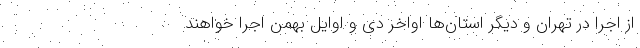
از اجرا در تهران و دیگر استان‌ها اواخر دی و اوایل بهمن اجرا خواهند